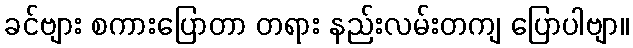
ခင်ဗျား စကားပြောတာ တရား နည်းလမ်းတကျ ပြောပါဗျာ။